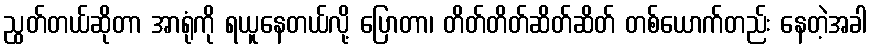
ညွတ်တယ်ဆိုတာ အာရုံကို ရယူနေတယ်လို့ ပြောတာ၊ တိတ်တိတ်ဆိတ်ဆိတ် တစ်ယောက်တည်း နေတဲ့အခါ